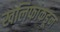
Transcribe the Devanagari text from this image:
खलिफाकडून